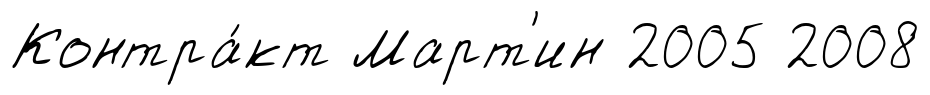
Контра́кт Март'ин 2005 2008